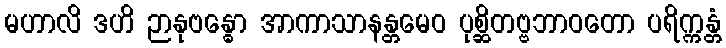
မဟာလိ ဒဟိ ဉာနုဗန္ဓော အာကာသာနန္တမေဝ ပုစ္ဆိတဗ္ဗဘာဝတော ပရိက္ကန္တံ